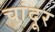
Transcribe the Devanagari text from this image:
चांदूर